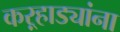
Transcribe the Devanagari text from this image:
कऱ्हाड्यांना